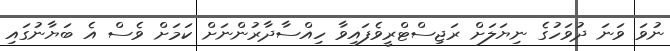
ނުވަ ވަނަ ދުވަހުގެ ނިޔަލަށް ރަޖިސްޓްރީވެފައިވާ ހިއްސާދާރުންނަށް ކަމަށް ވެސް އެ ބަޔާނުގައި